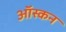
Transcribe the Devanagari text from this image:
ऑस्कन